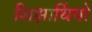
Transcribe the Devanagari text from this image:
शिक्षार्थियो